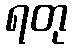
ရတု